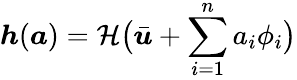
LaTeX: \boldsymbol{h}(\boldsymbol{a})=\mathcal{H}\big(\bar{\boldsymbol{u}}+\sum_{i=1}^{n}a_{i}\phi_{i}\big)